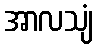
အာလသျံ